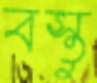
বস্তু